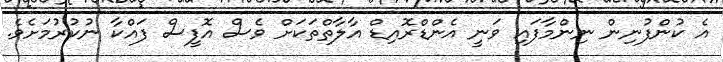
އެ ކުންފުނިން ނިންމާފައި ވަނީ އެންޑްރޮއިޑް އާލާތްތަކަށް ވެސް އޮފީސް ފައްކާ ނުކުރުމަށެވެ.